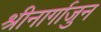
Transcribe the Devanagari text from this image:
श्रीनार्गाजुन